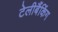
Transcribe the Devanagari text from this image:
टेलीबैंकिंग